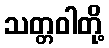
သတ္တဝါတို့